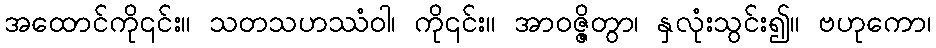
အထောင်ကို၎င်း။ သတသဟဿံဝါ၊ ကို၎င်း။ အာဝဇ္ဇိတွာ၊ နှလုံးသွင်း၍။ ဗဟုကော၊